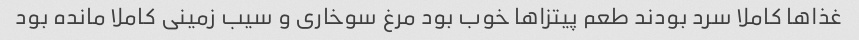
غذاها کاملا سرد بودند طعم پیتزاها خوب بو‌د مرغ سوخاری و سیب زمینی کاملا مانده بود